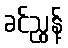
ခင်ညွန့်